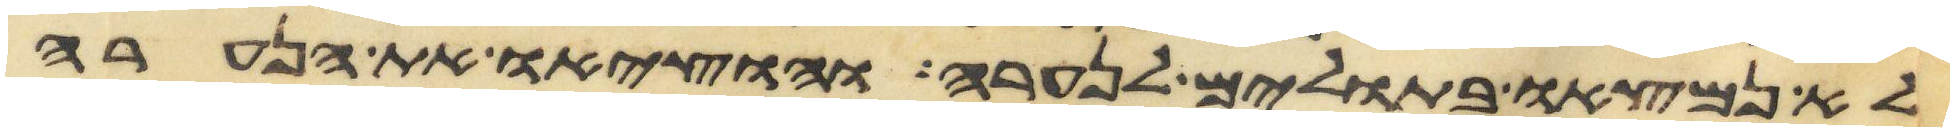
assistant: לא נמצאו בתולים לנערה והוציאו את הנערה